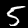
Label: 5